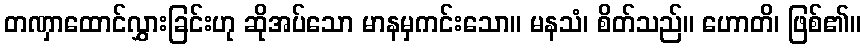
တဏှာထောင်လွှားခြင်းဟု ဆိုအပ်သော မာနမှကင်းသော။ မနသံ၊ စိတ်သည်။ ဟောတိ၊ ဖြစ်၏။